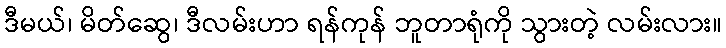
ဒီမယ်၊ မိတ်ဆွေ၊ ဒီလမ်းဟာ ရန်ကုန် ဘူတာရုံကို သွားတဲ့ လမ်းလား။